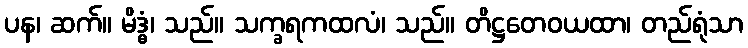
ပန၊ ဆက်။ မိဒ္ဓံ၊ သည်။ သက္ခရကထလံ၊ သည်။ တိဋ္ဌတေဝယထာ၊ တည်ရုံသာ